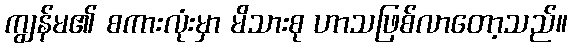
ကျွန်မ၏ စကားလုံးမှာ မိသားစု ဟာသဖြစ်လာတော့သည်။